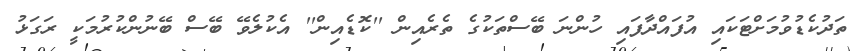
ތަދުކެޑުވުމަށްޓަކައި އުފައްދާފައި ހުންނަ ބޭސްތަކުގެ ތެރެއިން ''ކޮޑެއިން'' އެކުލެވޭ ބޭސް ބޭނުންކުރުމަކީ ރަގަޅު